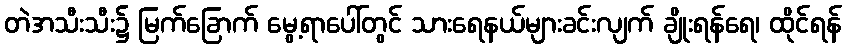
တဲအသီးသီး၌ မြက်ခြောက် မွေ့ရာပေါ်တွင် သားရေနယ်များခင်းလျက် ချိုးရန်ရေ၊ ထိုင်ရန်